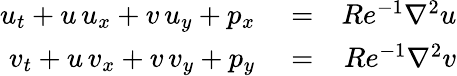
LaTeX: \begin{array}{rlr}{u_{t}+u\, u_{x}+v\, u_{y}+p_{x}}&{{}=}&{Re^{-1}\nabla^{2}u}\\ {v_{t}+u\, v_{x}+v\, v_{y}+p_{y}}&{{}=}&{Re^{-1}\nabla^{2}v}\end{array}